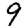
Digit: 9